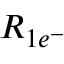
R _ { 1 e ^ { - } }